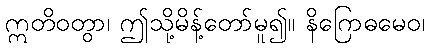
ဣတိဝတွာ၊ ဤသို့မိန့်တော်မူ၍။ နိဂြောဓမေဝ၊